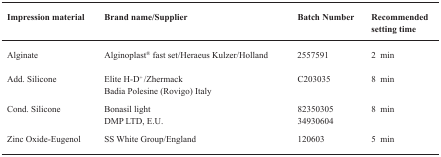
<table><thead><tr><td><b>Impression material</b></td><td><b>Brand name/Supplier</b></td><td><b>Batch Number</b></td><td><b>Recommended setting time</b></td></tr></thead><tbody><tr><td>Alginate</td><td>Alginoplast® fast set/Heraeus Kulzer/Holland</td><td>2557591</td><td>2 min</td></tr><tr><td>Add. Silicone</td><td>Elite H-D<sup>+</sup>/ZhermackBadia Polesine (Rovigo) Italy</td><td>C203035</td><td>8 min</td></tr><tr><td>Cond. Silicone</td><td>Bonasil lightDMP LTD, E.U.</td><td>8235030534930604</td><td>8 min</td></tr><tr><td>Zinc Oxide–Eugenol</td><td>SS White Group/England</td><td>120603</td><td>5 min</td></tr></tbody></table>